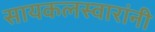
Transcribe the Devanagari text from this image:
सायकलस्वारांनी